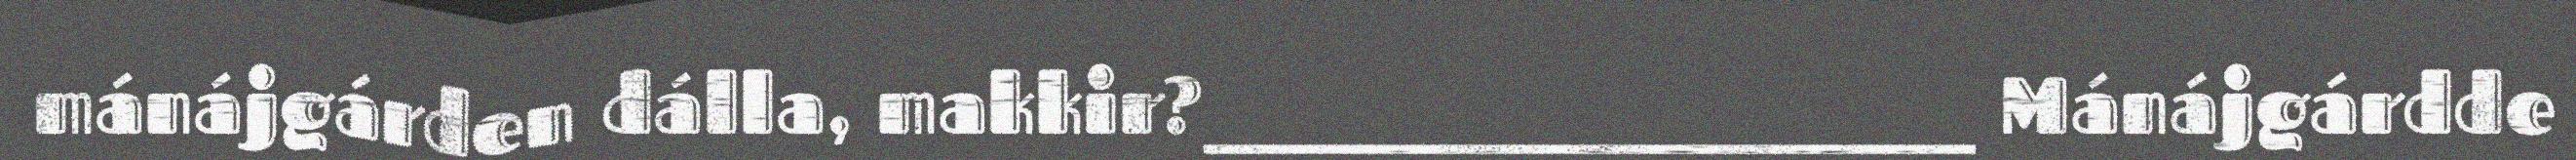
mánájgárden dálla, makkir?________________________ Mánájgárdde